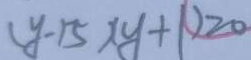
( y - 1 5 ) ( y + 1 ) \geq 0